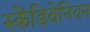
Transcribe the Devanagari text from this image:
स्केंडिवेनियन